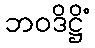
ဘဝဒိဋ္ဌိံ